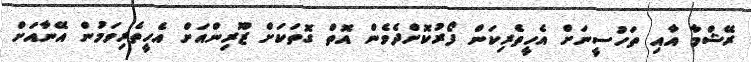
ރޭޝްމާ އާއި ތަހުސީނަށް އެހީތެރިކަން ފޯރުކޮށްދެވެން އޮތް ގޮތަކަށް ޒޫރިންއަށް އެހީތެރިވަމުން އޭނާއަށް